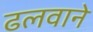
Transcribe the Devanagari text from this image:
ढलवाने